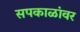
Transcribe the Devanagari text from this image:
सपकाळांवर